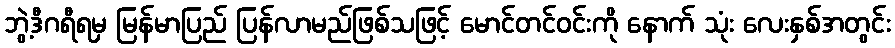
ဘွဲ့ဒီဂရီရမှ မြန်မာပြည် ပြန်လာမည်ဖြစ်သဖြင့် မောင်တင်ဝင်းကို နောက် သုံး လေးနှစ်အတွင်း